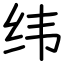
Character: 纬